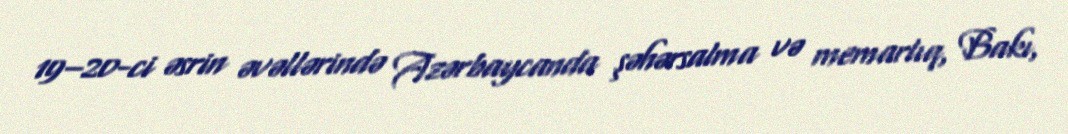
19–20-ci əsrin əvəllərində Azərbaycanda şəhərsalma və memarlıq, Bakı,